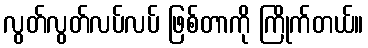
လွတ်လွတ်လပ်လပ် ဖြစ်တာကို ကြိုက်တယ်။